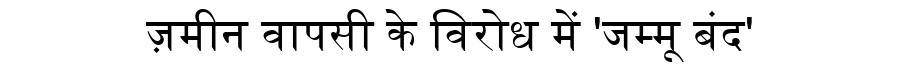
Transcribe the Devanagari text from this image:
ज़मीन वापसी के विरोध में 'जम्मू बंद'